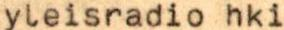
yleisradio hki